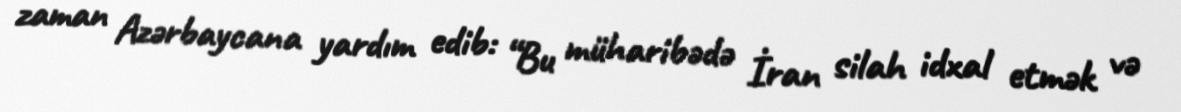
zaman Azərbaycana yardım edib: “Bu müharibədə İran silah idxal etmək və